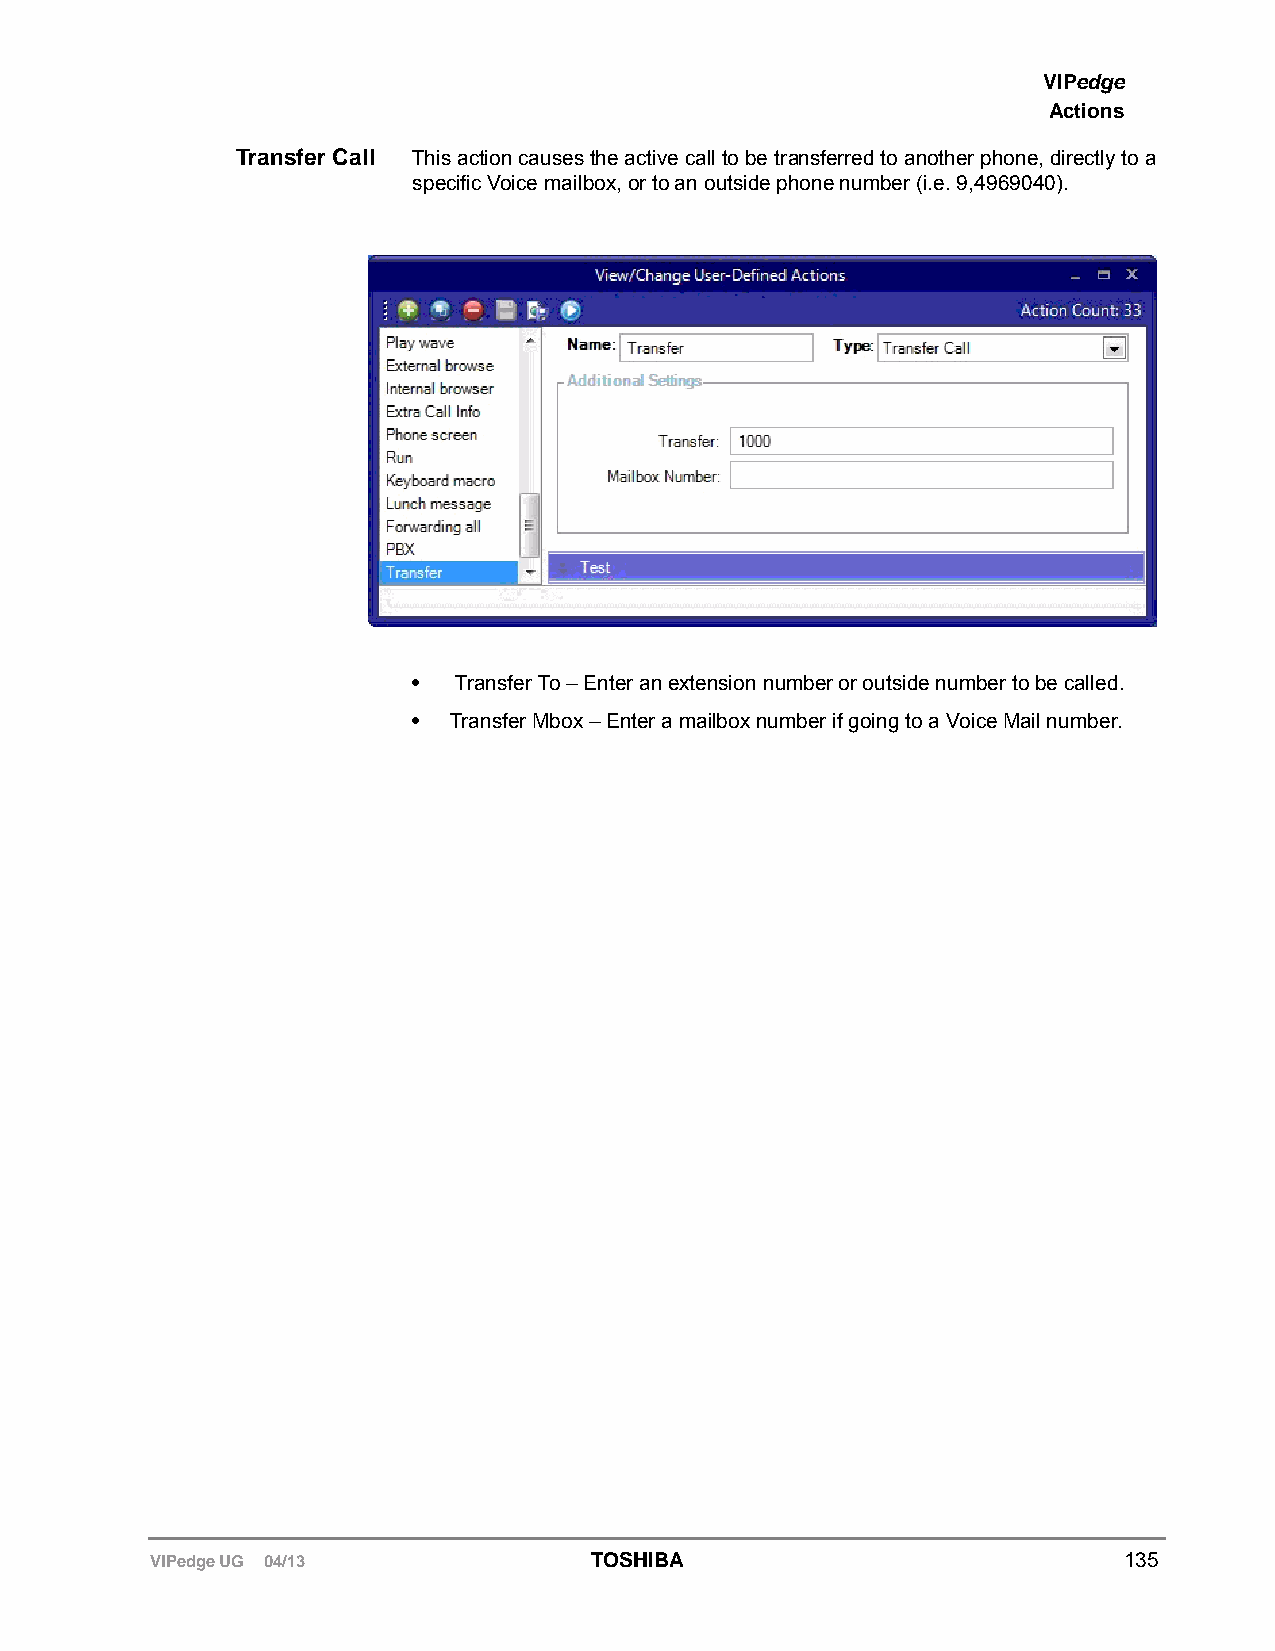
VIPedge
 Actions
 Transfer Call This action causes the active call to be transferred to another phone, directly to a
 specific Voice mailbox, or to an outside phone number (i.e. 9,4969040).
 •  Transfer To – Enter an extension number or outside number to be called.
 •  Transfer Mbox – Enter a mailbox number if going to a Voice Mail number.
 VIPedge UG 04/13             TOSHIBA                            135